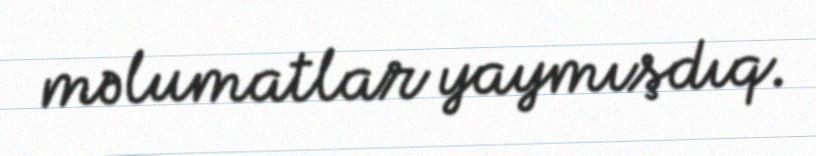
məlumatlar yaymışdıq.